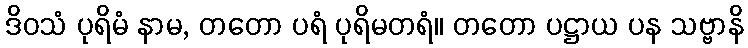
ဒိဝသံ ပုရိမံ နာမ, တတော ပရံ ပုရိမတရံ။ တတော ပဋ္ဌာယ ပန သဗ္ဗာနိ